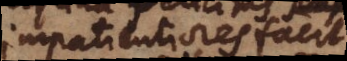
impatientiores facit